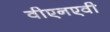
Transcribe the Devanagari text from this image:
वीएनएवी